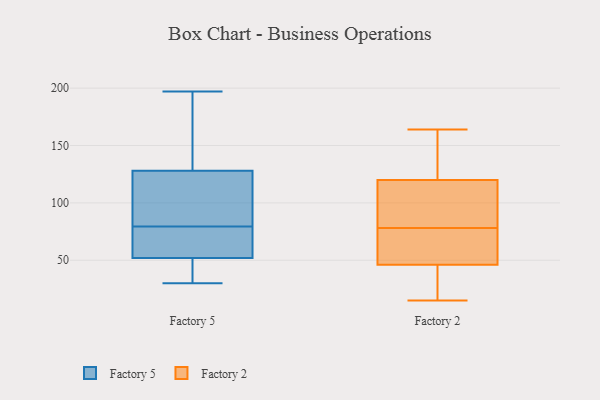
{"axis": {"x": "Demand Index", "y": "Value"}, "legend": ["Factory 2", "Factory 5"], "data": [{"x": "", "y": 80, "type": "Factory 5"}, {"x": "", "y": 128, "type": "Factory 5"}, {"x": "", "y": 79, "type": "Factory 5"}, {"x": "", "y": 30, "type": "Factory 5"}, {"x": "", "y": 45, "type": "Factory 5"}, {"x": "", "y": 163, "type": "Factory 5"}, {"x": "", "y": 197, "type": "Factory 5"}, {"x": "", "y": 52, "type": "Factory 5"}, {"x": "", "y": 80, "type": "Factory 5"}, {"x": "", "y": 58, "type": "Factory 5"}, {"x": "", "y": 66, "type": "Factory 2"}, {"x": "", "y": 141, "type": "Factory 2"}, {"x": "", "y": 117, "type": "Factory 2"}, {"x": "", "y": 164, "type": "Factory 2"}, {"x": "", "y": 46, "type": "Factory 2"}, {"x": "", "y": 69, "type": "Factory 2"}, {"x": "", "y": 87, "type": "Factory 2"}, {"x": "", "y": 15, "type": "Factory 2"}, {"x": "", "y": 44, "type": "Factory 2"}, {"x": "", "y": 120, "type": "Factory 2"}]}